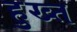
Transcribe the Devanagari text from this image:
हुख्त